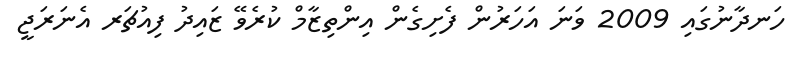
ހަނދާނުގައި 2009 ވަނަ އަހަރުން ފެށިގެން އިންތިޒާމް ކުރެވޭ ޒައިދު ފިއުޗަރ އެނަރަޖީ